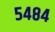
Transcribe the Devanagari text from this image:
५४८४